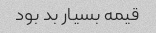
قیمه بسیار بد بود